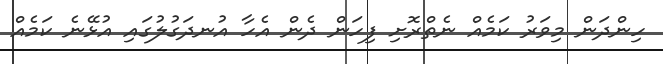
ހިންދަން މިވަރު ކަމެއް ނެތްރޮށި ފިހަން ދެން އެހާ އުނދަގުލުގައި އުޅޭނެ ކަމެއް